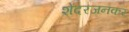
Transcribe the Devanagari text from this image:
शेंदरजनकर